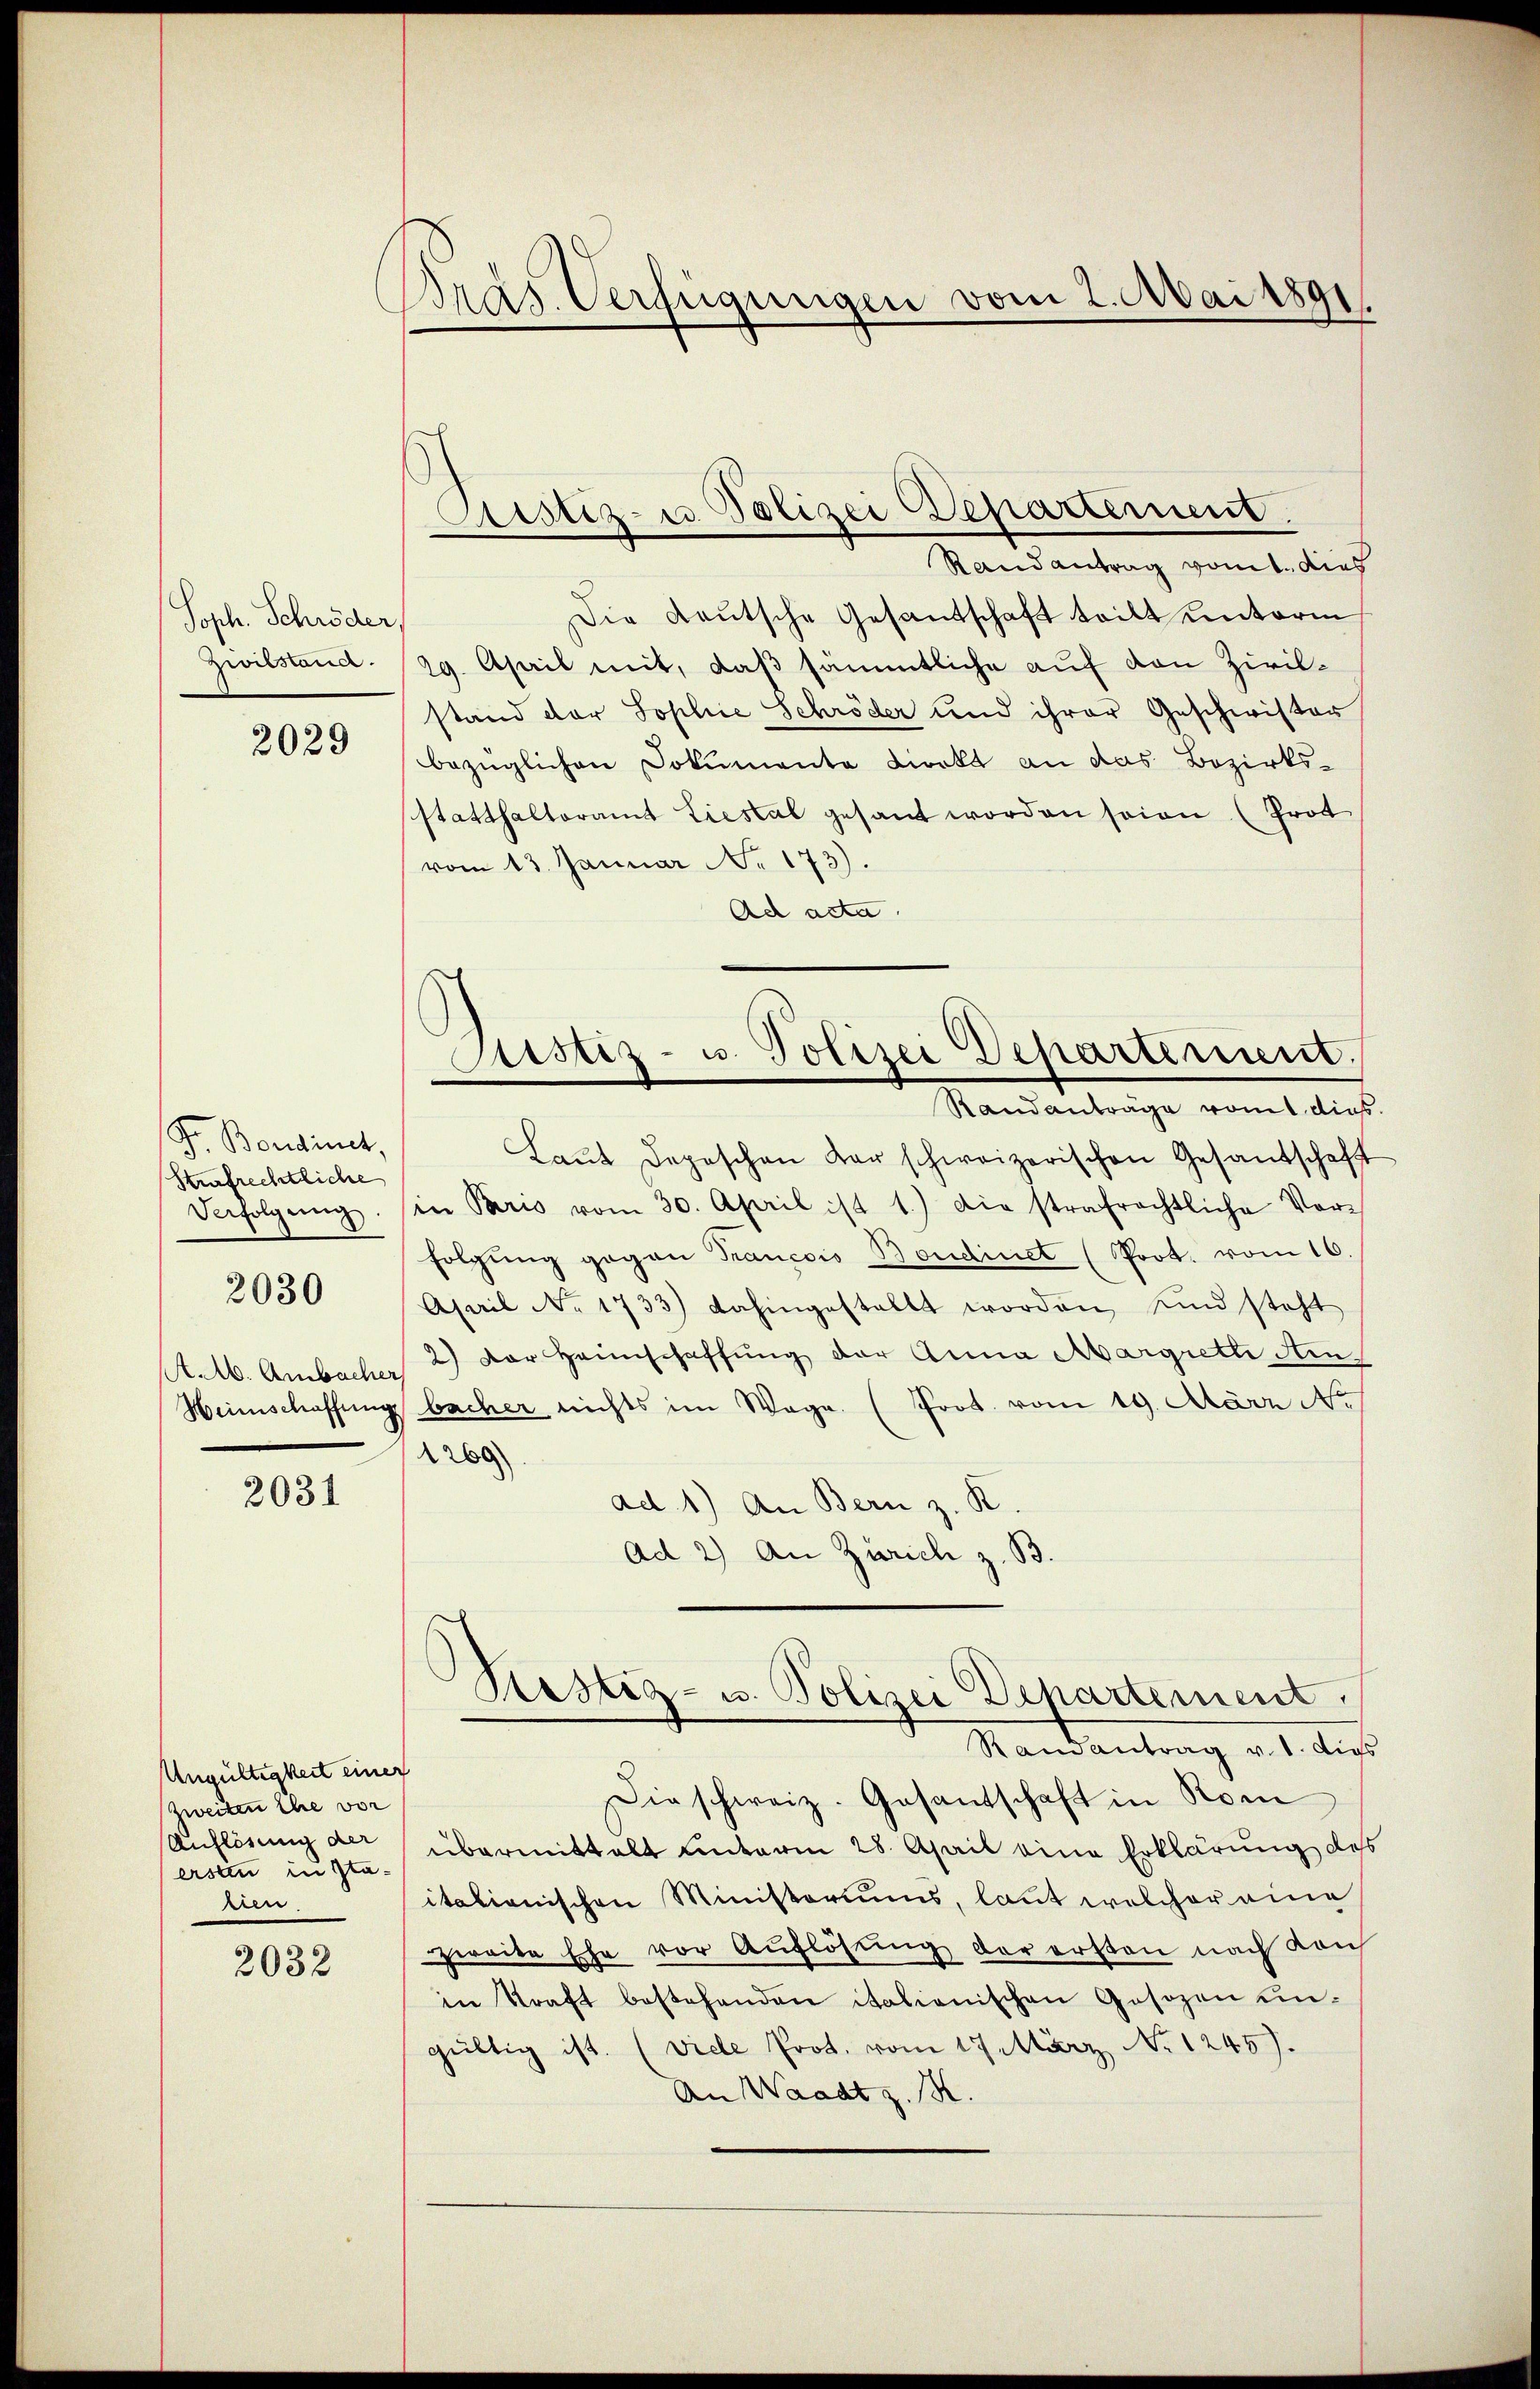
Soph. Schröder,
zwiestand.

2029

F. Bordinet,
Kufrechtliche
Verfolgung.
2030
A. A. Ambacher

2031

Ungültigkeit einer
Zweiten Ehe vor
Auflösung der
ersten in Stalien

2032

Pras. Verfügungen vom 2. Mai 1891

Laŭt Depeschen Kar schweizerischen Gesandschaft
in Paris vom 30. April ist 1.) Die strafrechtliche Vor-
folgung gegen Trancois Boudinet (Prot. vom 16.
April No 1733) dahingestellt worden, sind steht
2) Der Heinschaffung der Anna Margreth Ain¬
Heimschaffung bacher nichts im Wege. (Prot. vom 19. März No
A 260
ad 1.) An Bern z. R.
Ad 2) An Zürich z. B.

Sistiz- u Polizei Separtement

Aristiz- u. Polizei Departement.
Randanträge vom 1 dies

Randantrag vomit dies
Die Kautsche Gesantschaft teilt unterm
29. April mit, daß sämmtliche auf den Zivilstand der Sophie Schröder und ihrer Geschwister
bezüglichen Dokumenta direkt an das Bezirks-
statthalteramt Liestal gesant worden seien (Prot
vom 13. Januar No. 173).
Ad acta.

Randantrag v. 1. dies
Dieschweiz. Gesantschaft in Rom
übermittelt unterm 28. April eine Erklärung des
itationischen Ministoriums, laut welcher eine
Zweite Ehe vor Auflösung der ersten nach Kauf
in Kraft bestehenden italienischen Gesezen un-
gültig ist. (vide Prot. vom 17 März No 1245).
An Waadt z. B.

Rustiz- u. Polizei Departement.